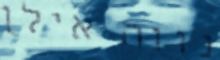
נווה אילן